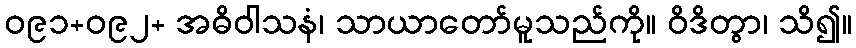
ဝ၉၁+ဝ၉၂+ အဓိဝါသနံ၊ သာယာတော်မူသည်ကို။ ဝိဒိတွာ၊ သိ၍။